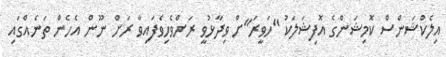
އިލެކްޝަންސް ކޮމިޝަންގެ އޮފިޝަލަކު "ހަވީރަ"ށް ވިދާޅުވީ ރަށްވެހިވެފައިވާ ރަށް ނޫން އެހެން ތަނެއްގައި